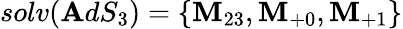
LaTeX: solv(\mathbf{A}dS_{3})=\left\{ \mathbf{M}_{23},\mathbf{M}_{+0},\mathbf{M}_{+1}\right\}